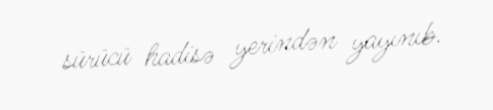
sürücü hadisə yerindən yayınıb.